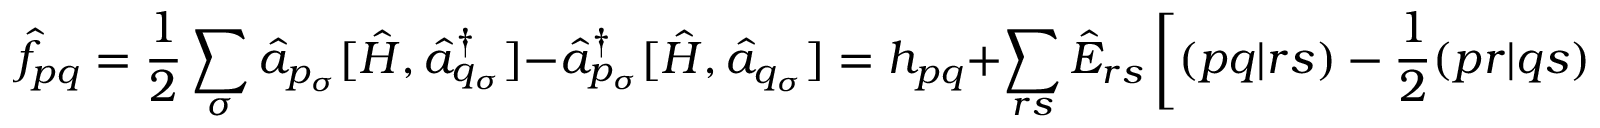
\hat { f } _ { p q } = \frac { 1 } { 2 } \sum _ { \sigma } \hat { a } _ { p _ { \sigma } } [ \hat { H } , \hat { a } _ { q _ { \sigma } } ^ { \dagger } ] - \hat { a } _ { p _ { \sigma } } ^ { \dagger } [ \hat { H } , \hat { a } _ { q _ { \sigma } } ] = h _ { p q } + \sum _ { r s } \hat { E } _ { r s } \left[ ( p q | r s ) - \frac { 1 } { 2 } ( p r | q s ) \right]